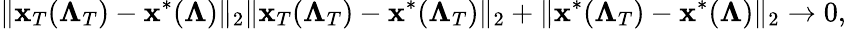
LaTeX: \| \mathbf{x}_{T}(\boldsymbol{\Lambda}_{T})-\mathbf{x}^{\ast}(\boldsymbol{\Lambda})\| _{2}\le\| \mathbf{x}_{T}(\boldsymbol{\Lambda}_{T})-\mathbf{x}^{\ast}(\boldsymbol{\Lambda}_{T})\| _{2}+\| \mathbf{x}^{\ast}(\boldsymbol{\Lambda}_{T})-\mathbf{x}^{\ast}(\boldsymbol{\Lambda})\| _{2}\to 0,